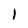
Character: 1